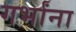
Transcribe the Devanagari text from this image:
गर्भांना